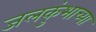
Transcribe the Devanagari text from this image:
जलकुंभाच्या